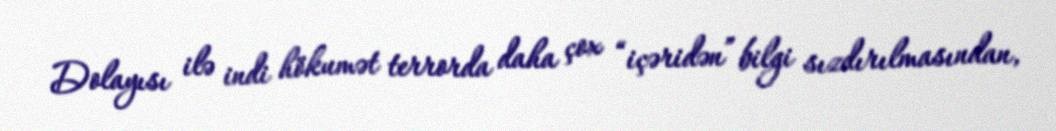
Dolayısı ilə indi hökumət terrorda daha çox “içəridən” bilgi sızdırılmasından,